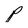
Character: P